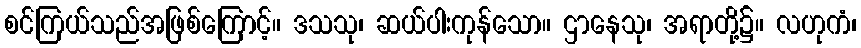
စင်ကြယ်သည်အဖြစ်ကြောင့်။ ဒသသု၊ ဆယ်ပါးကုန်သော။ ဌာနေသု၊ အရာတို့၌။ လဟုကံ၊